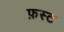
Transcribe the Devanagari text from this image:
फ़स्ट